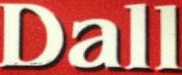
Dall